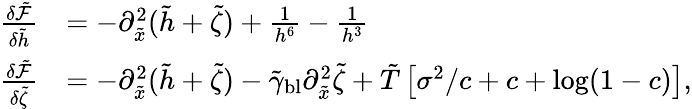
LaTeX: \begin{array}{rl}{\frac{\delta\tilde{\mathcal{F}}}{\delta\tilde{h}}}&{=-\partial_{\tilde{x}}^{2}(\tilde{h}+\tilde{\zeta})+\frac{1}{h^{6}}-\frac{1}{h^{3}}}\\ {\frac{\delta\tilde{\mathcal{F}}}{\delta\tilde{\zeta}}}&{=-\partial_{\tilde{x}}^{2}(\tilde{h}+\tilde{\zeta})-\tilde{\gamma}_{\mathrm{bl}}\partial_{\tilde{x}}^{2}\tilde{\zeta}+\tilde{T}\left[\sigma^{2}/c+c+\log(1-c)\right],}\end{array}